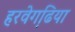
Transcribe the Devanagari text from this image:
हरवेगढि़या